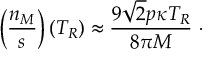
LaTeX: \left( \frac { n _ { M } } { s } \right) ( T _ { R } ) \approx \frac { 9 \sqrt { 2 } p \kappa T _ { R } } { 8 \pi M } ~ \cdot